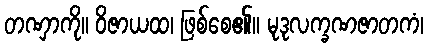
တဏှာကို။ ဝိဇာယထ၊ ဖြစ်စေ၏။ မုဒုလက္ခဏဇာတကံ၊